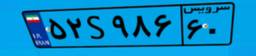
۵۲S۹۸۶۶۰